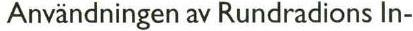
Användningen av Rundradions In-